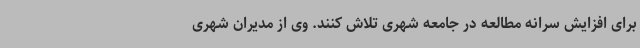
برای افزایش سرانه مطالعه در جامعه شهری تلاش کنند. وی از مدیران شهری